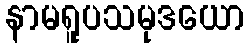
နာမရူပသမုဒယော